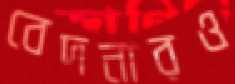
বেদনারও